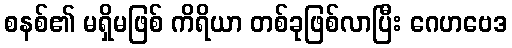
စနစ်၏ မရှိမဖြစ် ကိရိယာ တစ်ခုဖြစ်လာပြီး ဂေဟဗေဒ